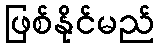
ဖြစ်နိုင်မည်